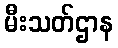
မီးသတ်ဌာန